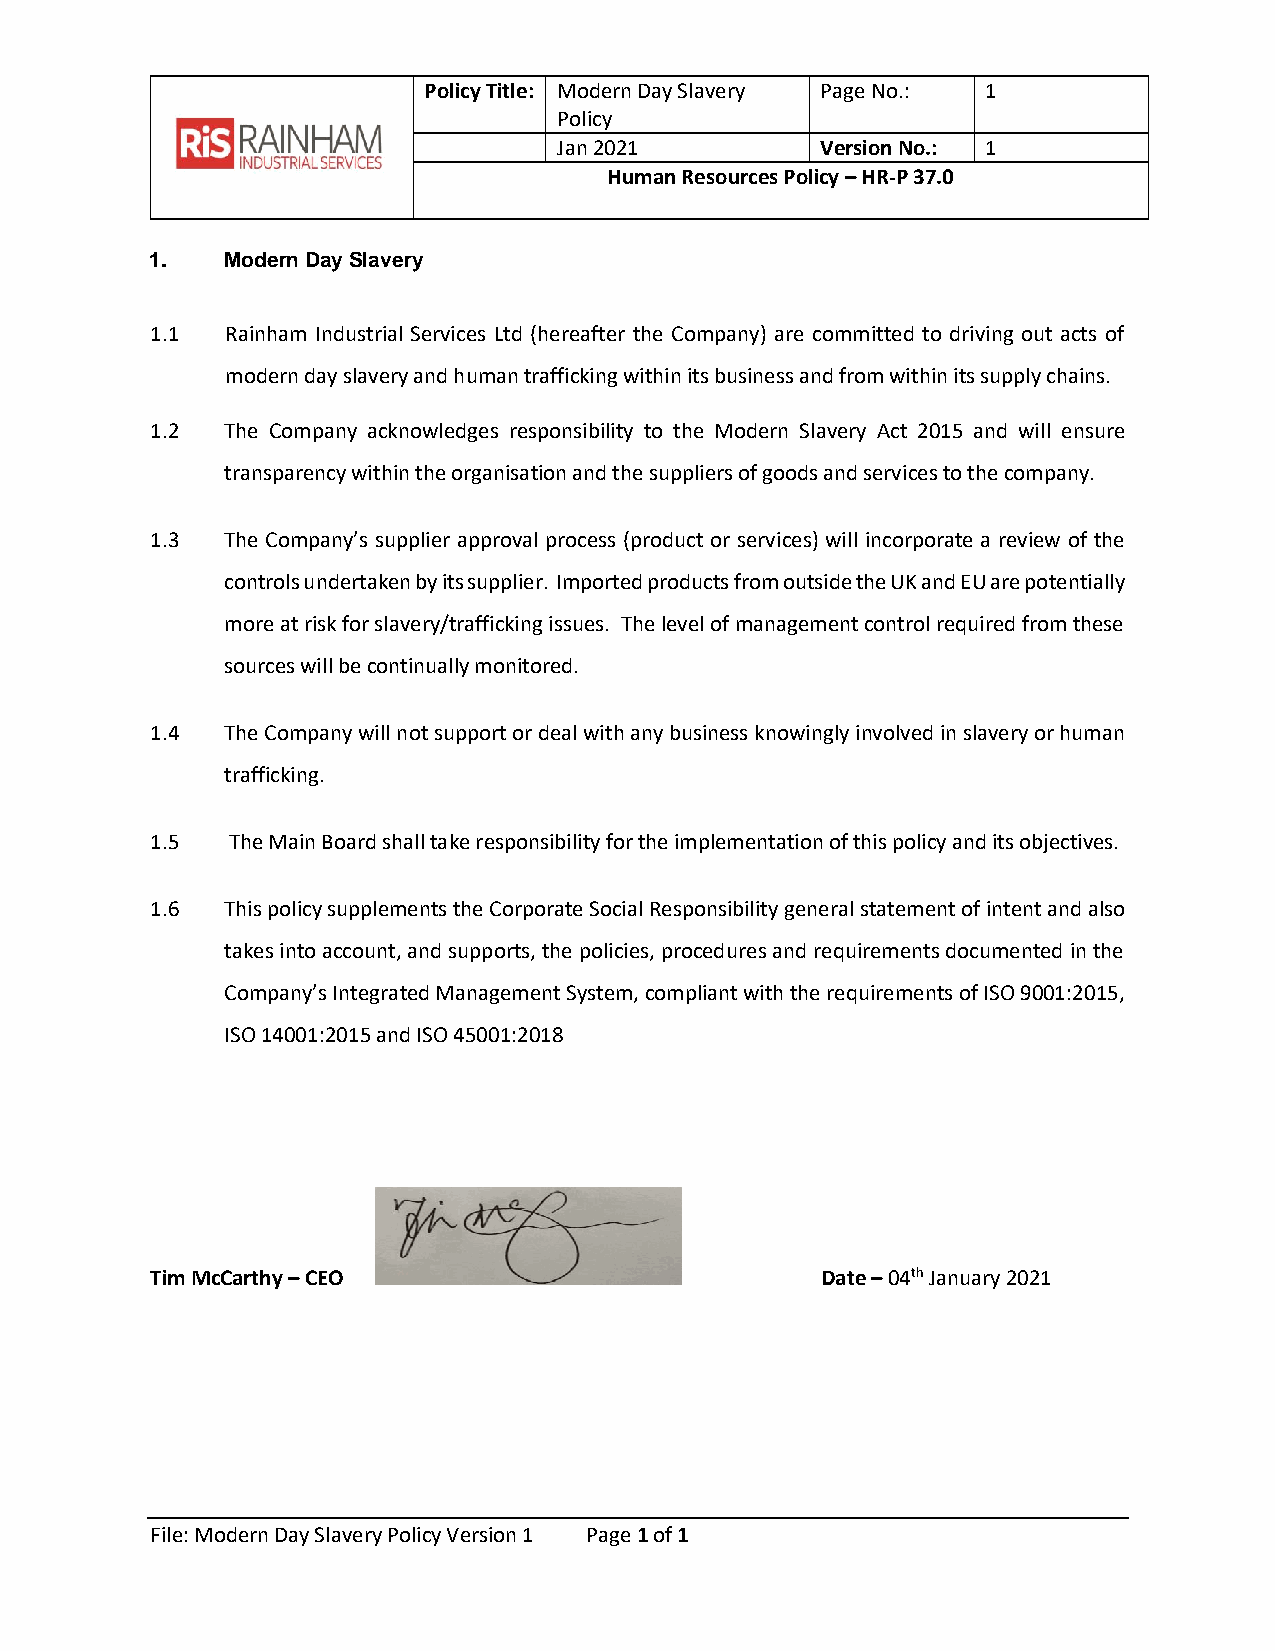
Policy Title: Modern Day Slavery Page No.: 1
 Policy
 Jan 2021         Version No.: 1
 Human Resources Policy – HR-P 37.0
 1.   Modern Day Slavery
 1.1  Rainham Industrial Services Ltd (hereafter the Company) are committed to driving out acts of
 modern day slavery and human trafficking within its business and from within its supply chains.
 1.2  The Company acknowledges responsibility to the Modern Slavery Act 2015 and will ensure
 transparency within the organisation and the suppliers of goods and services to the company.
 1.3  The Company’s supplier approval process (product or services) will incorporate a review of the
 controls undertaken by its supplier. Imported products from outside the UK and EU are potentially
 more at risk for slavery/trafficking issues. The level of management control required from these
 sources will be continually monitored.
 1.4  The Company will not support or deal with any business knowingly involved in slavery or human
 trafficking.
 1.5  The Main Board shall take responsibility for the implementation of this policy and its objectives.
 1.6  This policy supplements the Corporate Social Responsibility general statement of intent and also
 takes into account, and supports, the policies, procedures and requirements documented in the
 Company’s Integrated Management System, compliant with the requirements of ISO 9001:2015,
 ISO 14001:2015 and ISO 45001:2018
 Tim McCarthy – CEO                          Date – 04th January 2021
 File: Modern Day Slavery Policy Version 1 Page 1 of 1